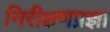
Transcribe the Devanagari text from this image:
निरीक्षणप्रज्ञा